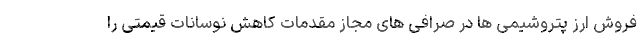
فروش ارز پتروشیمی ها در صرافی های مجاز مقدمات کاهش نوسانات قیمتی را